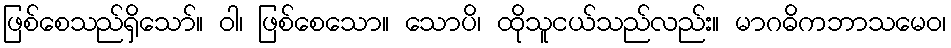
ဖြစ်စေသည်ရှိသော်။ ဝါ၊ ဖြစ်စေသော။ သောပိ၊ ထိုသူငယ်သည်လည်း။ မာဂဓိကဘာသမေဝ၊